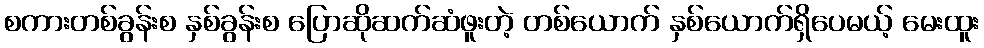
စကားတစ်ခွန်းစ နှစ်ခွန်းစ ပြောဆိုဆက်ဆံဖူးတဲ့ တစ်ယောက် နှစ်ယောက်ရှိပေမယ့် မေးထူး